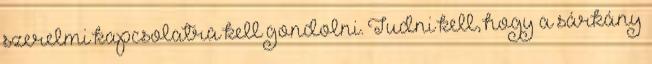
szerelmi kapcsolatra kell gondolni. Tudni kell, hogy a sárkány